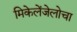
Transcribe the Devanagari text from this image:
मिकेलेंजेलोचा